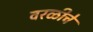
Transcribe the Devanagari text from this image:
वरळीचे